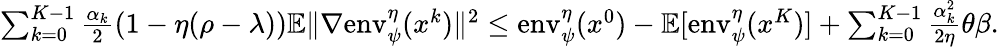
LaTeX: \begin{array}{r}{\sum_{k=0}^{K-1}\frac{\alpha_{k}}{2}(1-\eta(\rho-\lambda))\mathbb{E}\| \nabla\mathrm{env}_{\psi}^{\eta}(x^{k})\| ^{2}\leq\mathrm{env}_{\psi}^{\eta}(x^{0})-\mathbb{E}[\mathrm{env}_{\psi}^{\eta}(x^{K})]+\sum_{k=0}^{K-1}\frac{\alpha_{k}^{2}}{2\eta}\theta\beta.}\end{array}